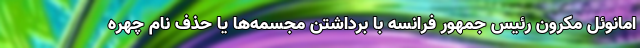
امانوئل مکرون رئیس جمهور فرانسه با برداشتن مجسمه‌ها یا حذف نام چهره